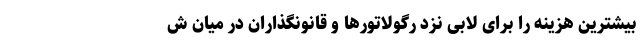
بیشترین هزینه را برای لابی نزد رگولاتورها و قانونگذاران در میان ش